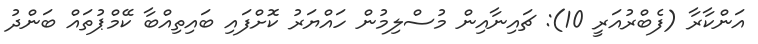
އަންކާރާ (ފެބްރުއަރީ 10): ޗައިނާއިން މުސްލިމުން ހައްޔަރު ކޮށްފައި ބައިތިއްބާ ކޭމްޕުތައް ބަންދު